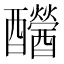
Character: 𨤂